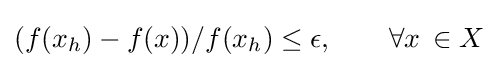
{(f(x_{h})-f(x))/f(x_{h})\leq \epsilon ,\qquad \forall {x}\,\in X}